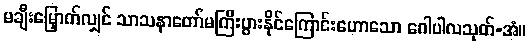
မချီးမြှောက်လျှင် သာသနာတော်မကြီးပွားနိုင်ကြောင်းဟောသော ဂေါပါလသုတ်-အံ။